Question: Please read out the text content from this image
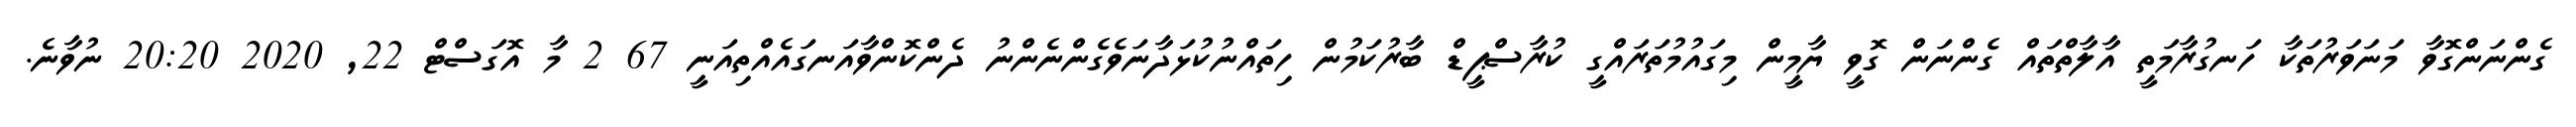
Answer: ގެންނަންގޮވާ މަނަވަރުތަކާ ހަނގުރާމަތީ އާލާތްތައް ގެންނަން ގޮވީ ޔާމީން މިގައުމުތަރައްގީ ކުރާސްޕީޑް ބާރުކަމުން ހިތައްނުކުޅަދާނަވެގެންނެންނު ދެންކޮންވާއަނގައެއްތިއަނީ 67 2 މާ އޮގަސްޓް 22, 2020 20:20 ނުވާނެ.